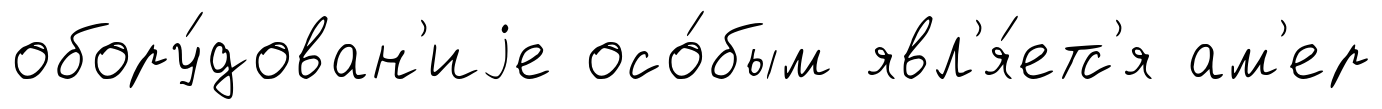
обору́дован'иjе осо́бым явл'я́етс'я ам'ер